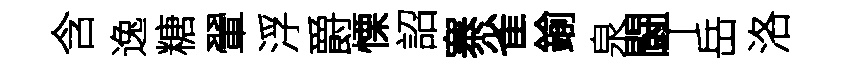
含逸糖翬浮爵慄詔寨雀鍮泉闘丅岳洛